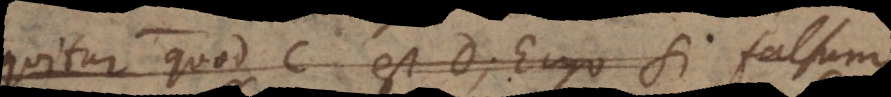
sequitur quod C est D, Ergo si falsum